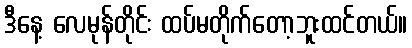
ဒီနေ့ လေမုန်တိုင်း ထပ်မတိုက်တော့ဘူးထင်တယ်။